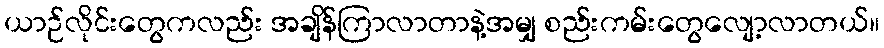
ယာဉ်လိုင်းတွေကလည်း အချိန်ကြာလာတာနဲ့အမျှ စည်းကမ်းတွေလျော့လာတယ်။